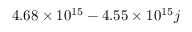
\phantom { - } 4 . 6 8 \times 1 0 ^ { 1 5 } - 4 . 5 5 \times 1 0 ^ { 1 5 } j